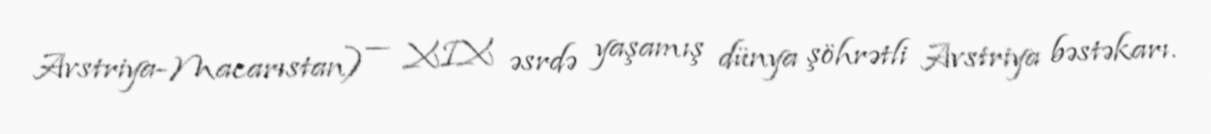
Avstriya-Macarıstan) — XIX əsrdə yaşamış dünya şöhrətli Avstriya bəstəkarı.